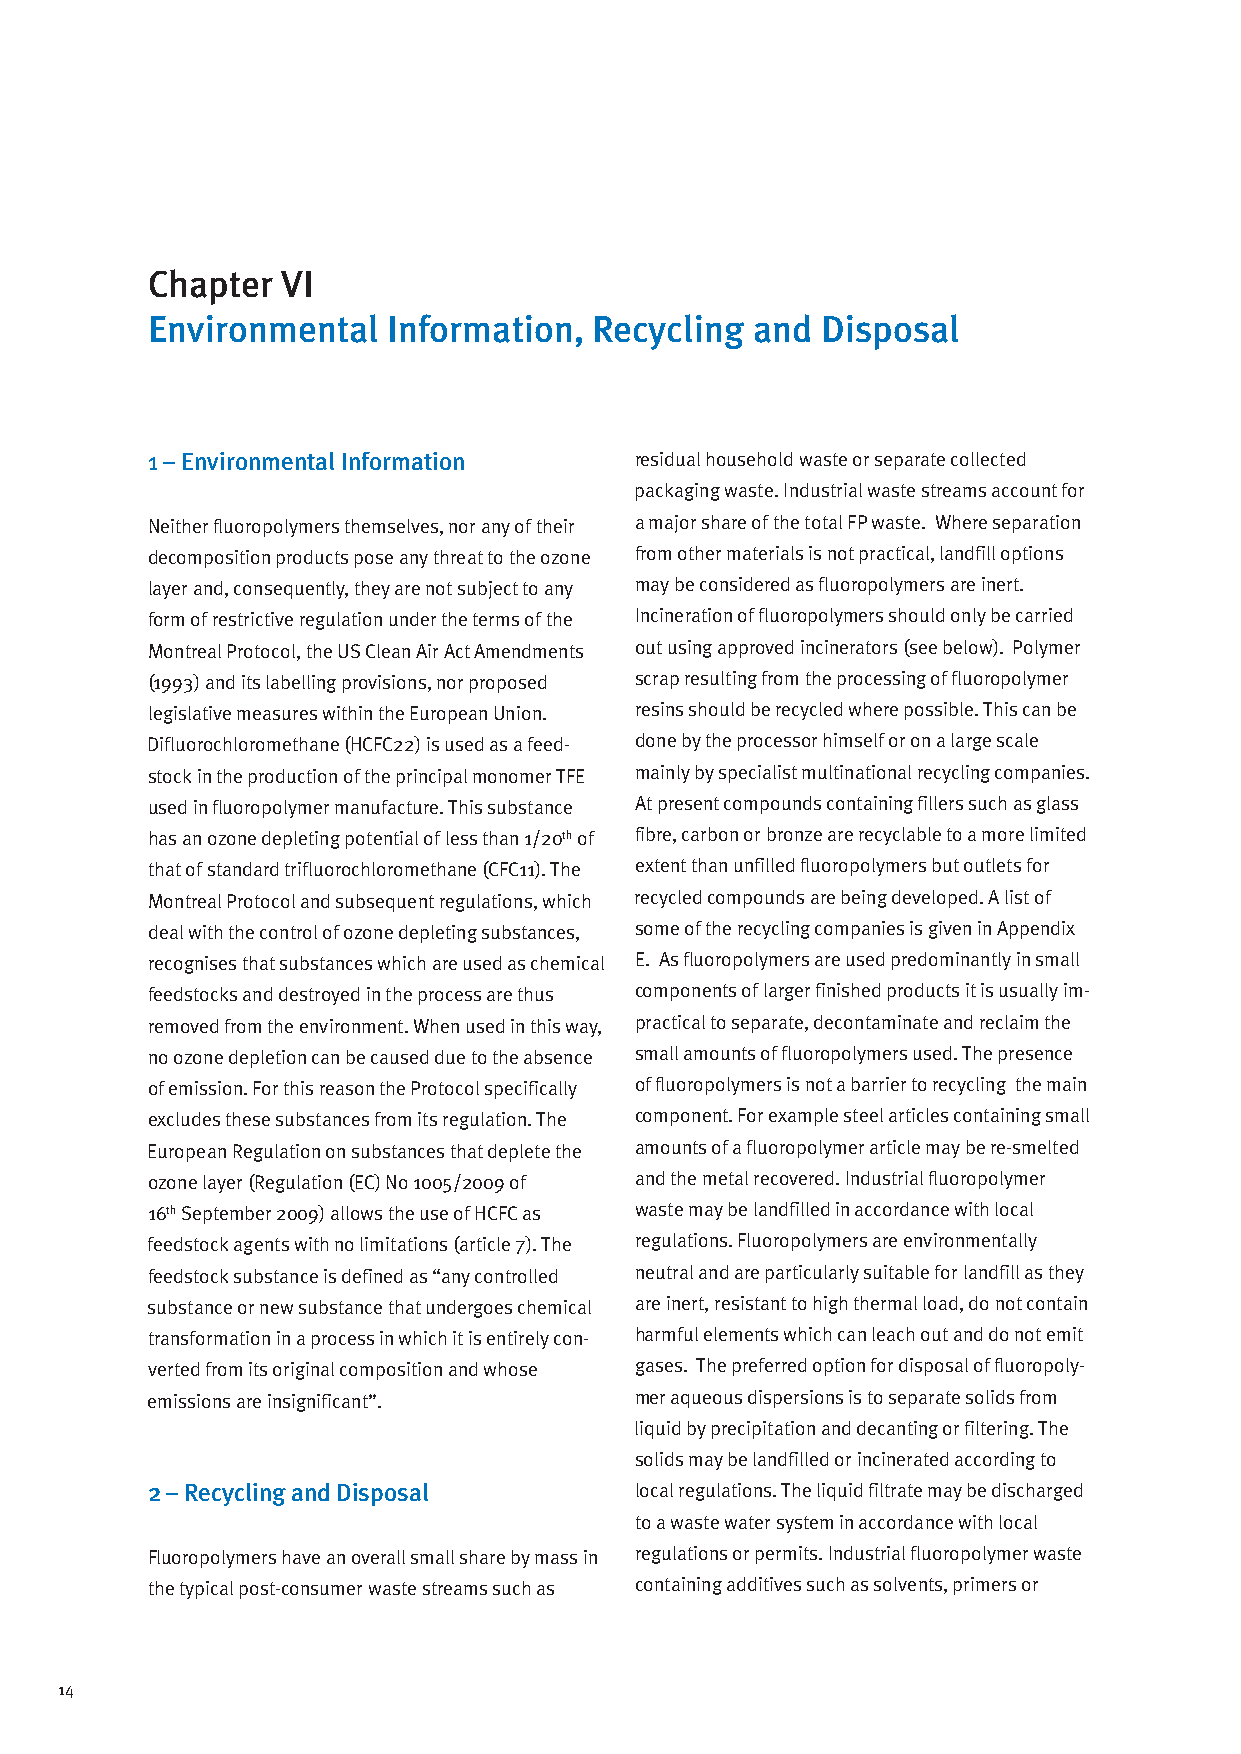
Chapter  VI
 Environmental   Information, Recycling  and Disposal
 1 – Environmental Information   residual household waste or separate collected
 packaging waste. Industrial waste streams account for
 Neither fluoropolymers themselves, nor any of their a major share of the total FP waste. Where separation
 decomposition products pose any threat to the ozone from other materials is not practical, landfill options
 layer and, consequently, they are not subject to any may be considered as fluoropolymers are inert.
 form of restrictive regulation under the terms of the Incineration of fluoropolymers should only be carried
 Montreal Protocol, the US Clean Air Act Amendments out using approved incinerators (see below). Polymer
 (1993) and its labelling provisions, nor proposed scrap resulting from the processing of fluoropolymer
 legislative measures within the European Union. resins should be recycled where possible. This can be
 Difluorochloromethane (HCFC22) is used as a feed- done by the processor himself or on a large scale
 stock in the production of the principal monomer TFE mainly by specialist multinational recycling companies.
 used in fluoropolymer manufacture. This substance At present compounds containing fillers such as glass
 has an ozone depleting potential of less than 1/20th of fibre, carbon or bronze are recyclable to a more limited
 that of standard trifluorochloromethane (CFC11). The extent than unfilled fluoropolymers but outlets for
 Montreal Protocol and subsequent regulations, which recycled compounds are being developed. A list of
 deal with the control of ozone depleting substances, some of the recycling companies is given in Appendix
 recognises that substances which are used as chemical E. As fluoropolymers are used predominantly in small
 feedstocks and destroyed in the process are thus components of larger finished products it is usually im-
 removed from the environment. When used in this way, practical to separate, decontaminate and reclaim the
 no ozone depletion can be caused due to the absence small amounts of fluoropolymers used. The presence
 of emission. For this reason the Protocol specifically of fluoropolymers is not a barrier to recycling the main
 excludes these substances from its regulation. The component. For example steel articles containing small
 European Regulation on substances that deplete the amounts of a fluoropolymer article may be re-smelted
 ozone layer (Regulation (EC) No 1005/2009 of and the metal recovered. Industrial fluoropolymer
 16th September 2009) allows the use of HCFC as waste may be landfilled in accordance with local
 feedstock agents with no limitations (article 7). The regulations. Fluoropolymers are environmentally
 feedstock substance is defined as “any controlled neutral and are particularly suitable for landfill as they
 substance or new substance that undergoes chemical are inert, resistant to high thermal load, do not contain
 transformation in a process in which it is entirely con- harmful elements which can leach out and do not emit
 verted from its original composition and whose gases. The preferred option for disposal of fluoropoly-
 emissions are insignificant”.   mer aqueous dispersions is to separate solids from
 liquid by precipitation and decanting or filtering. The
 solids may be landfilled or incinerated according to
 2 – Recycling and Disposal      local regulations. The liquid filtrate may be discharged
 to a waste water system in accordance with local
 Fluoropolymers have an overall small share by mass in regulations or permits. Industrial fluoropolymer waste
 the typical post-consumer waste streams such as containing additives such as solvents, primers or
 14